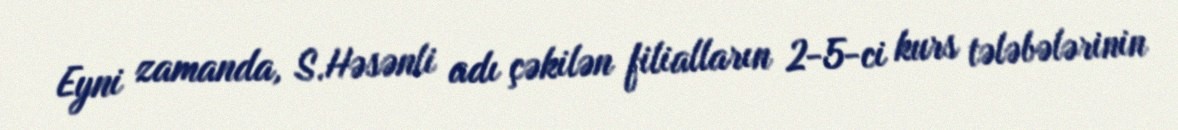
Eyni zamanda, S.Həsənli adı çəkilən filialların 2-5-ci kurs tələbələrinin